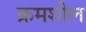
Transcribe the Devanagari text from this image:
क्रमशील